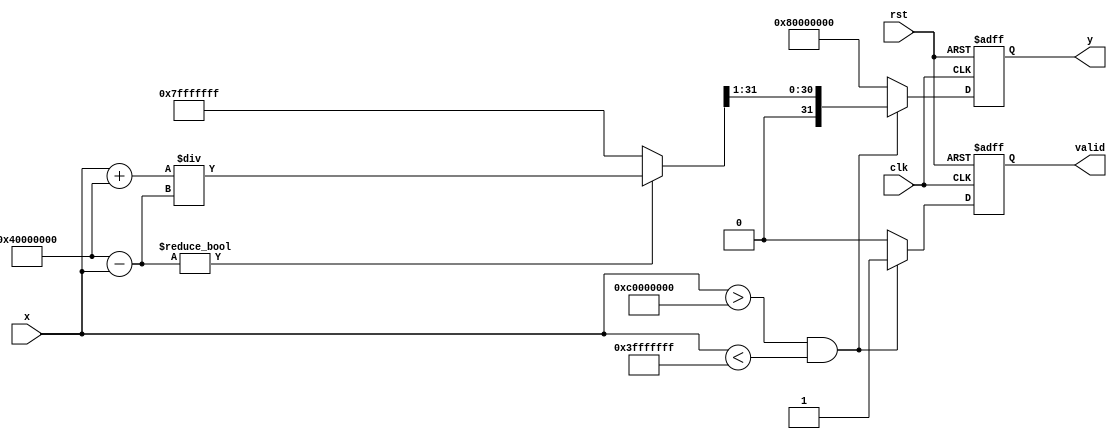
module atanh (
    input wire signed [31:0] x, // Input: Fixed-point representation of x
    output reg signed [31:0] y,  // Output: Fixed-point representation of atanh(x)
    input wire clk,
    input wire rst,
    output reg valid // Signal to indicate valid output
);

    // Internal signals
    wire signed [31:0] one_plus_x;
    wire signed [31:0] one_minus_x;
    wire signed [31:0] division_result;
    wire signed [31:0] ln_result;
    wire signed [31:0] scaled_result;
    wire range_check_passed;

    // Range Check Module
    assign range_check_passed = (x > -32'h40000000) && (x < 32'h3FFFFFFF); // -1 < x < 1 in fixed-point

    // Arithmetic Module for 1+x and 1-x
    assign one_plus_x = x + 32'h40000000; // 1 in fixed-point
    assign one_minus_x = 32'h40000000 - x; // 1 in fixed-point

    // Division Module
    // Simple division implementation (may need to be replaced with a more robust method)
    assign division_result = (one_minus_x != 0) ? (one_plus_x / one_minus_x) : 32'h7FFFFFFF; // Handle division by zero

    // Natural Logarithm Module (Placeholder)
    // A more sophisticated implementation is needed for actual logarithm calculation
    function signed [31:0] ln(input signed [31:0] value);
        begin
            // Placeholder for logarithm calculation
            // This should be replaced with a proper logarithm implementation
            ln = value; // This is incorrect; replace with actual ln calculation
        end
    endfunction

    // Compute ln(division_result)
    assign ln_result = ln(division_result);

    // Scaling Module
    assign scaled_result = ln_result >> 1; // Divide by 2 (right shift)

    // Control Logic
    always @(posedge clk or posedge rst) begin
        if (rst) begin
            y <= 32'h0;
            valid <= 1'b0;
        end else begin
            if (range_check_passed) begin
                y <= scaled_result;
                valid <= 1'b1;
            end else begin
                y <= 32'h80000000; // NaN or error code
                valid <= 1'b0;
            end
        end
    end

endmodule